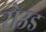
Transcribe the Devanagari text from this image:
रोउड